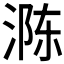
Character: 𮳈